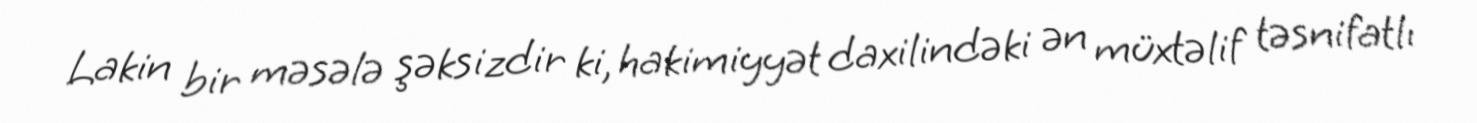
Lakin bir məsələ şəksizdir ki, hakimiyyət daxilindəki ən müxtəlif təsnifatlı